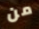
من